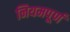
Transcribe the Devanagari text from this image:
नियमपूर्ण